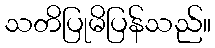
သတိပြုမိပြန်သည်။